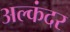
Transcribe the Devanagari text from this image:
अल्कंदर